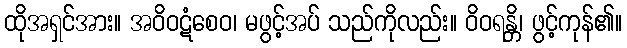
ထိုအရှင်အား။ အဝိဝဋံစေဝ၊ မဖွင့်အပ် သည်ကိုလည်း။ ဝိဝရန္တိ၊ ဖွင့်ကုန်၏။